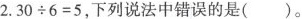
2.$$3 0 \div 6 = 5$$，下列说法中错误的是( )。